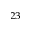
^ { 2 3 }